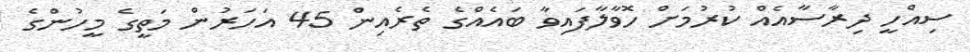
ސިއްހީ ދިރާސާއެއް ކުރުމަށް ހޮވާލާފައިވާ ބައެއްގެ ތެރެއިން 45 އަހަރުން މަތީގެ މީހުންގެ